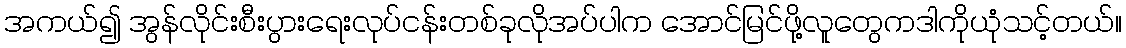
အကယ်၍ အွန်လိုင်းစီးပွားရေးလုပ်ငန်းတစ်ခုလိုအပ်ပါက အောင်မြင်ဖို့လူတွေကဒါကိုယုံသင့်တယ်။